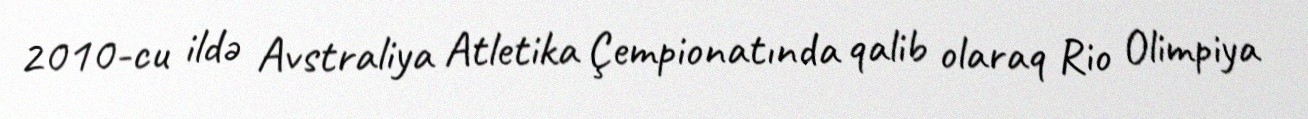
2010-cu ildə Avstraliya Atletika Çempionatında qalib olaraq Rio Olimpiya